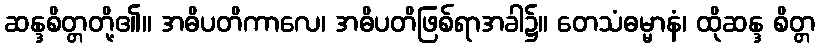
ဆန္ဒစိတ္တတို့၏။ အဓိပတိကာလေ၊ အဓိပတိဖြစ်ရာအခါ၌။ တေသံဓမ္မာနံ၊ ထိုဆန္ဒ စိတ္တ